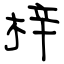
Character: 梓